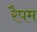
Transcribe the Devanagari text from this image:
रैपम